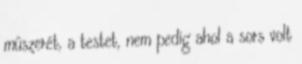
műszerét, a testet, nem pedig ahol a sors volt